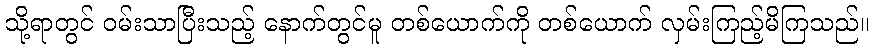
သို့ရာတွင် ဝမ်းသာပြီးသည့် နောက်တွင်မူ တစ်ယောက်ကို တစ်ယောက် လှမ်းကြည့်မိကြသည်။